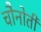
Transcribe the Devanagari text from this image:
चौनोती